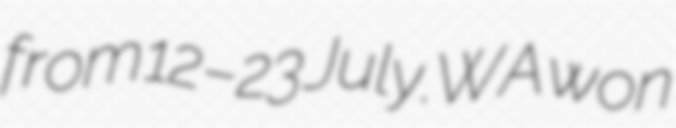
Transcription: from 12–23 July.WA won